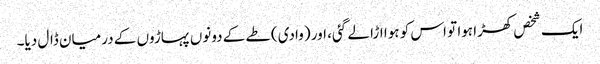
ایک شخص کھڑا ہوا تو اس کو ہوا اڑا لے گئی، اور (وادی) طے کے دونوں پہاڑوں کے درمیان ڈال دیا۔